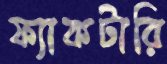
ফ্যাকটারি